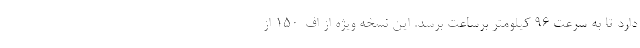
دارد تا به سرعت 96 کیلومتر برساعت برسد. این نسخه ویژه از اف-150 از